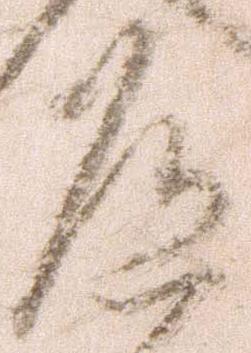
道